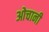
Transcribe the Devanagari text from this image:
ओचानी